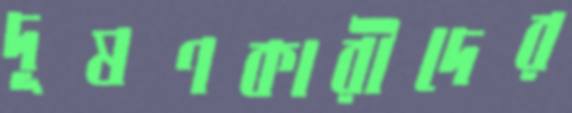
দূষণকারীদের